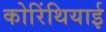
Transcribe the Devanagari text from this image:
कोरिंथियाई